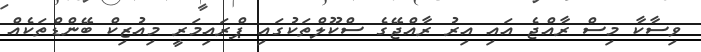
ވިސާކާ މިސް ރާއްޖެ އައި އިރު ރާއްޖޭގެ ސްކޫލްތަކުގައި ޕްރައިމަރީ މިއުޒިކް ބޭންޑްތަކެއް